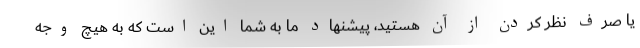
یا صرف نظر کردن از آن هستید، پیشنهاد ما به شما این است که به هیچ وجه